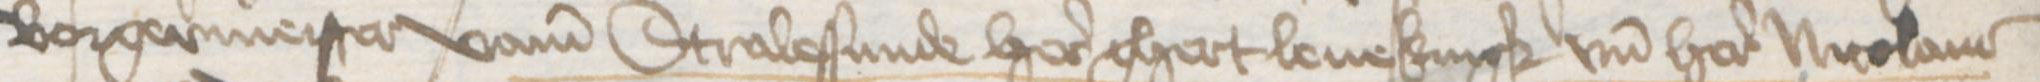
Borgermeister vame Stralessunde here Ghert Leuekingk vnd here Nicolaus